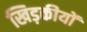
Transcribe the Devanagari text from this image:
खिड़कीयों